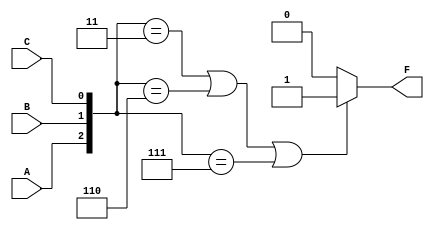
module VOTE(A, B, C, F);
    input A, B, C;
    output F;
    
    reg F;
    always @(A or B or C)
        if ({A, B, C} == 3'b011 || {A, B, C} == 3'b110 || {A, B, C} == 3'b111)
            F = 1;
        else
            F = 0;

endmodule